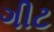
ગીટ